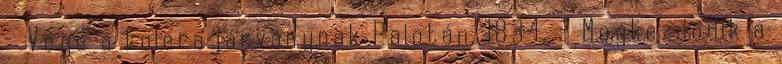
– Vége a kolerajárványnak Palotán. 1834. – Megkezdődik a